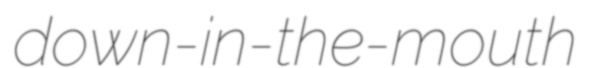
down-in-the-mouth